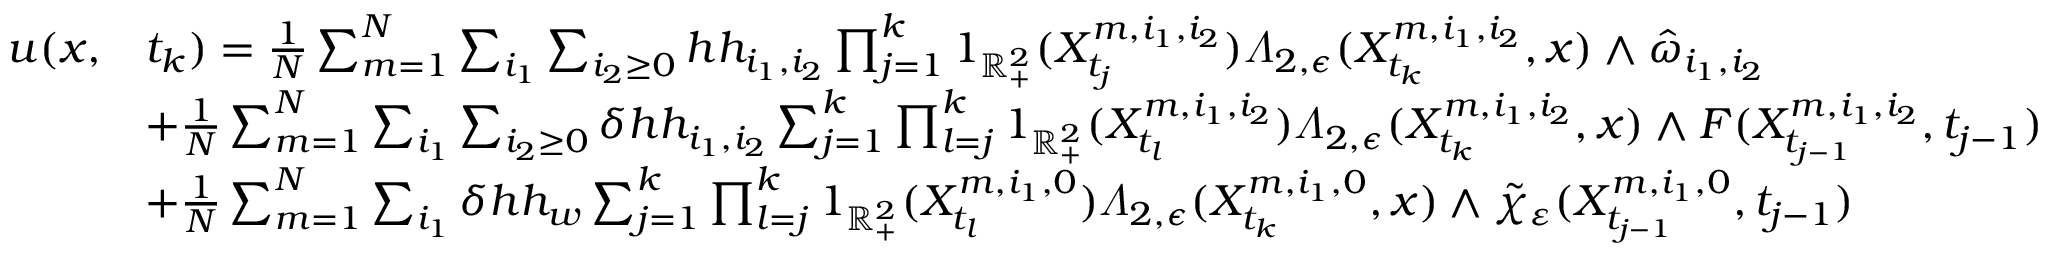
\begin{array} { r l } { u ( x , } & { t _ { k } ) = \frac { 1 } { N } \sum _ { m = 1 } ^ { N } \sum _ { i _ { 1 } } \sum _ { i _ { 2 } \geq 0 } h h _ { i _ { 1 } , i _ { 2 } } \prod _ { j = 1 } ^ { k } 1 _ { \mathbb { R } _ { + } ^ { 2 } } ( X _ { t _ { j } } ^ { m , i _ { 1 } , i _ { 2 } } ) \varLambda _ { 2 , \epsilon } ( X _ { t _ { k } } ^ { m , i _ { 1 } , i _ { 2 } } , x ) \wedge \hat { \omega } _ { i _ { 1 } , i _ { 2 } } } \\ & { + \frac { 1 } { N } \sum _ { m = 1 } ^ { N } \sum _ { i _ { 1 } } \sum _ { i _ { 2 } \geq 0 } \delta h h _ { i _ { 1 } , i _ { 2 } } \sum _ { j = 1 } ^ { k } \prod _ { l = j } ^ { k } 1 _ { \mathbb { R } _ { + } ^ { 2 } } ( X _ { t _ { l } } ^ { m , i _ { 1 } , i _ { 2 } } ) \varLambda _ { 2 , \epsilon } ( X _ { t _ { k } } ^ { m , i _ { 1 } , i _ { 2 } } , x ) \wedge F ( X _ { t _ { j - 1 } } ^ { m , i _ { 1 } , i _ { 2 } } , t _ { j - 1 } ) } \\ & { + \frac { 1 } { N } \sum _ { m = 1 } ^ { N } \sum _ { i _ { 1 } } \delta h h _ { w } \sum _ { j = 1 } ^ { k } \prod _ { l = j } ^ { k } 1 _ { \mathbb { R } _ { + } ^ { 2 } } ( X _ { t _ { l } } ^ { m , i _ { 1 } , 0 } ) \varLambda _ { 2 , \epsilon } ( X _ { t _ { k } } ^ { m , i _ { 1 } , 0 } , x ) \wedge \tilde { \chi } _ { \varepsilon } ( X _ { t _ { j - 1 } } ^ { m , i _ { 1 } , 0 } , t _ { j - 1 } ) } \end{array}